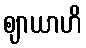
ဈာယာဟိ